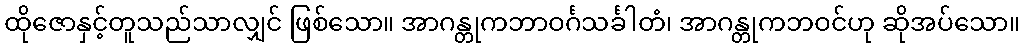
ထိုဇောနှင့်တူသည်သာလျှင် ဖြစ်သော။ အာဂန္တုကဘာဝင်္ဂသင်္ခါတံ၊ အာဂန္တုကဘဝင်ဟု ဆိုအပ်သော။